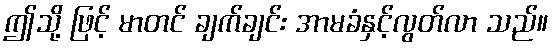
ဤသို့ ဖြင့် မာတင် ချက်ချင်း အာမခံနှင့်လွတ်လာ သည်။